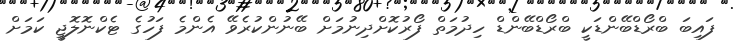
ފައިބަ ބްރޯޑްބޭންޑަކީ ބްރޯޑްބޭންޑް ހިދުމަތް ފޯރުކޮށްދިނުމަށް ބޭނުންކުރެވޭ އެންމެ ފަހުގެ ޓެކްނޮލޮޖީ ކަމަށް